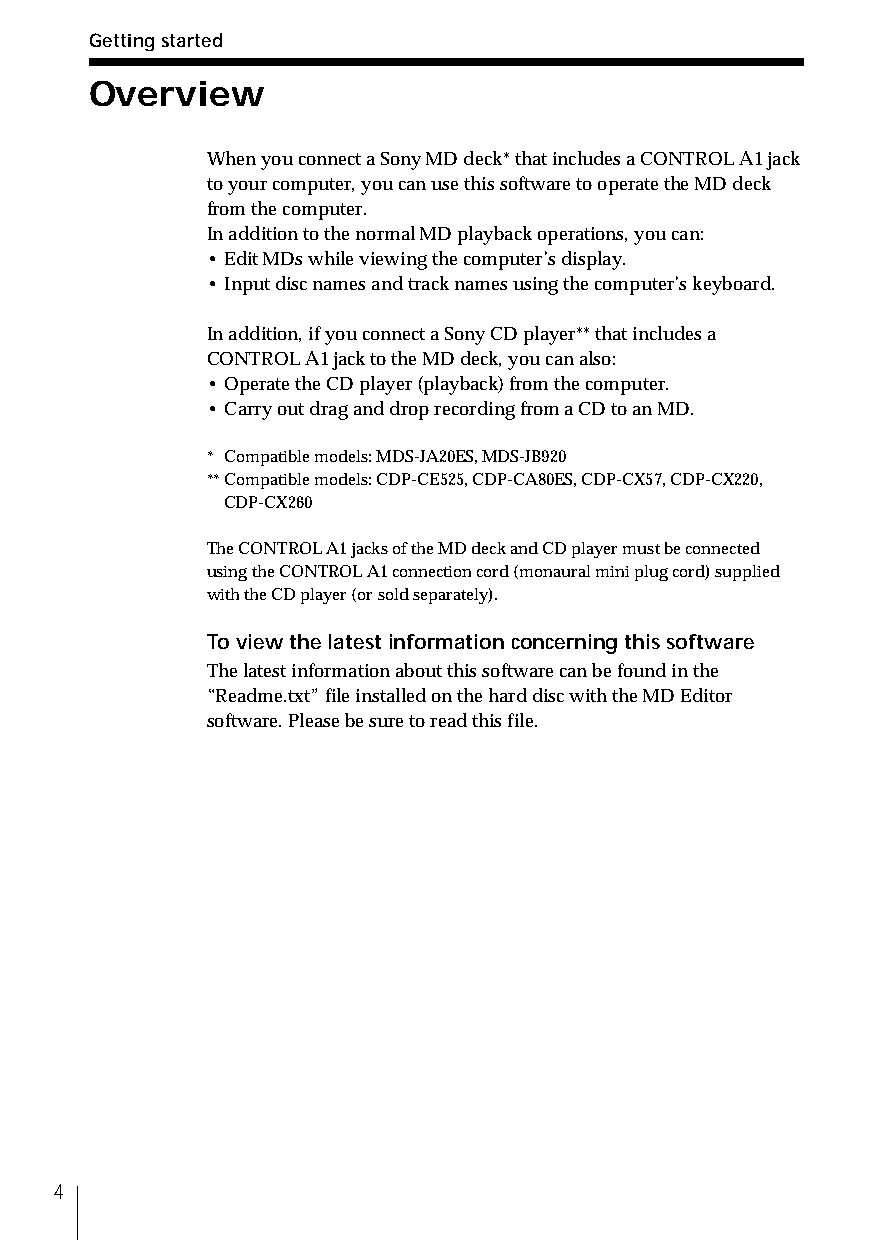
Getting started
 Overview
 When you connect a Sony MD deck* that includes a CONTROL A1 jack
 to your computer, you can use this software to operate the MD deck
 from the computer.
 In addition to the normal MD playback operations, you can:
 • Edit MDs while viewing the computer’s display.
 • Input disc names and track names using the computer’s keyboard.
 In addition, if you connect a Sony CD player** that includes a
 CONTROL A1 jack to the MD deck, you can also:
 • Operate the CD player (playback) from the computer.
 • Carry out drag and drop recording from a CD to an MD.
 * Compatible models: MDS-JA20ES, MDS-JB920
 **Compatible models: CDP-CE525, CDP-CA80ES, CDP-CX57, CDP-CX220,
 CDP-CX260
 The CONTROL A1 jacks of the MD deck and CD player must be connected
 using the CONTROL A1 connection cord (monaural mini plug cord) supplied
 with the CD player (or sold separately).
 To view the latest information concerning this software
 The latest information about this software can be found in the
 “Readme.txt” file installed on the hard disc with the MD Editor
 software. Please be sure to read this file.
 4